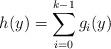
LaTeX: \begin{align*} h(y)=\sum_{i=0}^{k-1}g_i(y)\end{align*}